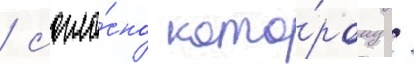
/ согла́сно кото́рому /